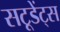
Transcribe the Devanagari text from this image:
सटूडेंट्स